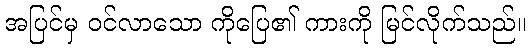
အပြင်မှ ဝင်လာသော ကိုပြေ၏ ကားကို မြင်လိုက်သည်။